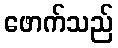
ဖောက်သည်